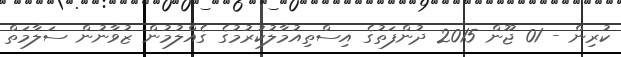
ކުރިން - 01 ޖޫން 2015 ދުންފަތުގެ އިސްތިއުމާލުކުރުމުގެ ގެއްލުމުން ޒުވާނުން ސަލާމަތް